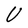
Character: U